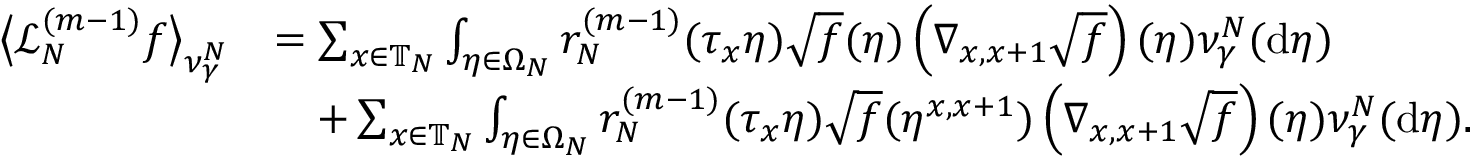
\begin{array} { r l } { \big \langle \mathcal { L } _ { N } ^ { ( m - 1 ) } f \big \rangle _ { \nu _ { \gamma } ^ { N } } } & { = \sum _ { x \in \mathbb { T } _ { N } } \int _ { \eta \in \Omega _ { N } } r _ { N } ^ { ( m - 1 ) } ( \tau _ { x } \eta ) \sqrt { f } ( \eta ) \left( \nabla _ { x , x + 1 } \sqrt { f } \right) ( \eta ) \nu _ { \gamma } ^ { N } ( \mathrm { d } \eta ) } \\ & { \quad + \sum _ { x \in \mathbb { T } _ { N } } \int _ { \eta \in \Omega _ { N } } r _ { N } ^ { ( m - 1 ) } ( \tau _ { x } \eta ) \sqrt { f } ( \eta ^ { x , x + 1 } ) \left( \nabla _ { x , x + 1 } \sqrt { f } \right) ( \eta ) \nu _ { \gamma } ^ { N } ( \mathrm { d } \eta ) . } \end{array}